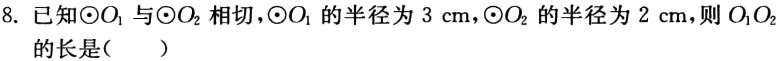
8. 已知$\odot O_{1}$与$\odot O_{2}$相切，$\odot O_{1}$的半径为$3\mathrm{cm}$，$\odot O_{2}$的半径为$2\mathrm{cm}$，则$O_{1}O_{2}$的长是（  ）